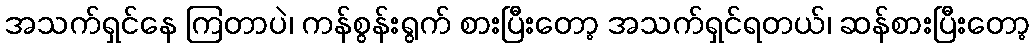
အသက်ရှင်နေ ကြတာပဲ၊ ကန်စွန်းရွက် စားပြီးတော့ အသက်ရှင်ရတယ်၊ ဆန်စားပြီးတော့